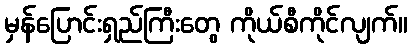
မှန်ပြောင်းရှည်ကြီးတွေ ကိုယ်စီကိုင်လျက်။